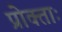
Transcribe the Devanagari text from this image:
प्रोक्ताः